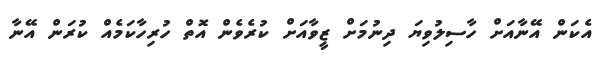
އެކަން އޭނާއަށް ހާސިލުވިޔަ ދިނުމަށް ޒީވާއަށް ކުރެވެން އޮތް ހުރިހާކަމެއް ކުރަން އޭނާ